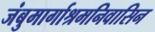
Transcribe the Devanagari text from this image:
जंबुमार्गाश्रमनिवासिन